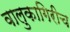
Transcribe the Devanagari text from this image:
वालुकागिरीच